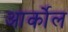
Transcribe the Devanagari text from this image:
आर्कोल